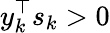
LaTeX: y_{k}^{\top}s_{k}>0